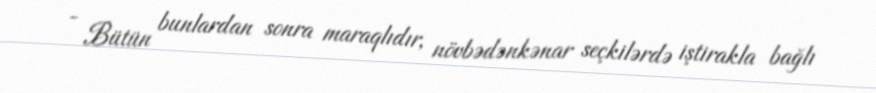
- Bütün bunlardan sonra maraqlıdır, növbədənkənar seçkilərdə iştirakla bağlı